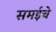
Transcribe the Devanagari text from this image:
समईचे